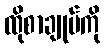
ထိုစာချုပ်ကို